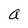
Character: a